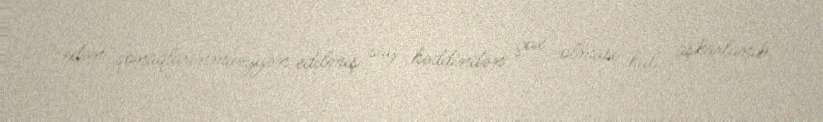
edən qonaqlarınmüəyyən edilmiş say həddindən çox olması halı aşkarlanıb.